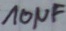
Text: 10µF